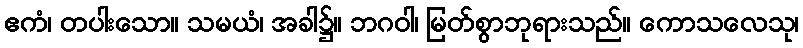
ဧကံ၊ တပါးသော။ သမယံ၊ အခါ၌။ ဘဂဝါ၊ မြတ်စွာဘုရားသည်။ ကောသလေသု၊